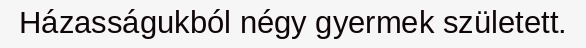
Házasságukból négy gyermek született.